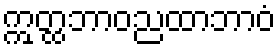
ဣတ္ထဘာဝညထာဘာဝံ